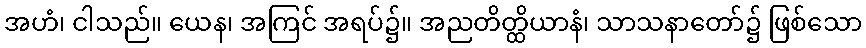
အဟံ၊ ငါသည်။ ယေန၊ အကြင် အရပ်၌။ အညတိတ္ထိယာနံ၊ သာသနာတော်၌ ဖြစ်သော